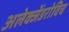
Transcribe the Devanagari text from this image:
अलेक्जेंडरोविच